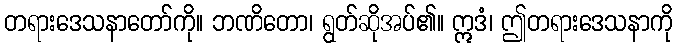
တရားဒေသနာတော်ကို။ ဘဏိတော၊ ရွတ်ဆိုအပ်၏။ ဣဒံ၊ ဤတရားဒေသနာကို